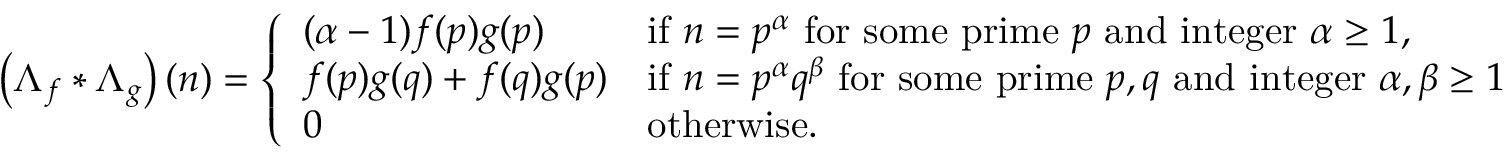
\left( \Lambda _ { f } \ast \Lambda _ { g } \right) ( n ) = { \left\{ \begin{array} { l l } { ( \alpha - 1 ) f ( p ) g ( p ) } & { { \mathrm { i f ~ } } n = p ^ { \alpha } { \mathrm { ~ f o r ~ s o m e ~ p r i m e ~ } } p { \mathrm { ~ a n d ~ i n t e g e r ~ } } \alpha \geq 1 , } \\ { f ( p ) g ( q ) + f ( q ) g ( p ) } & { { \mathrm { i f ~ } } n = p ^ { \alpha } q ^ { \beta } { \mathrm { ~ f o r ~ s o m e ~ p r i m e ~ } } p , q { \mathrm { ~ a n d ~ i n t e g e r ~ } } \alpha , \beta \geq 1 } \\ { 0 } & { { \mathrm { o t h e r w i s e . } } } \end{array} \right. }